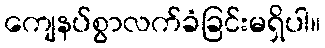
ကျေနပ်စွာလက်ခံခြင်းမရှိပါ။